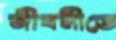
জীবনীতে